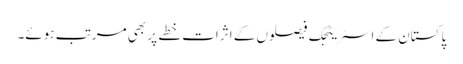
پاکستان کے اسٹریٹجک فیصلوں کے اثرات خطے پر بھی مرتب ہوئے۔